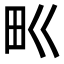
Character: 𤰕